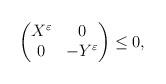
LaTeX: \begin{align*}\begin{pmatrix}X^\varepsilon & 0\\0 & - Y^\varepsilon \end{pmatrix}\le 0, \end{align*}